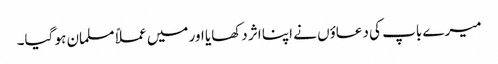
میرے باپ کی دعاؤں نے اپنا اثر دکھایا اور میں عملاً مسلمان ہو گیا۔